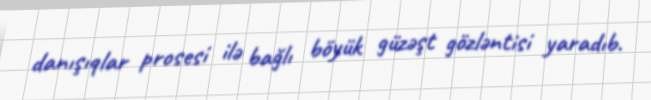
danışıqlar prosesi ilə bağlı böyük güzəşt gözləntisi yaradıb.